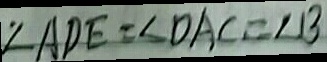
\angle A D E = \angle D A C = \angle B